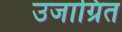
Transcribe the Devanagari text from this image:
उजाग्रित